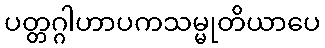
ပတ္တဂ္ဂါဟာပကသမ္မုတိယာပေ